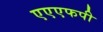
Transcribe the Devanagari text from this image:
एएएफपी